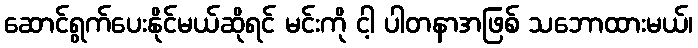
ဆောင်ရွက်ပေးနိုင်မယ်ဆိုရင် မင်းကို ငါ့ ပါတနာအဖြစ် သဘောထားမယ်၊